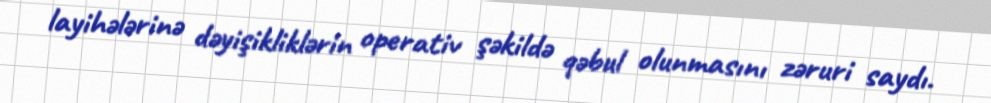
layihələrinə dəyişikliklərin operativ şəkildə qəbul olunmasını zəruri saydı.